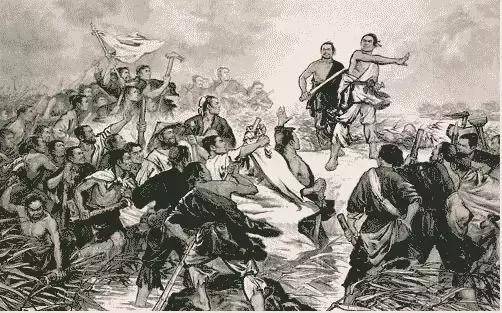
不教而诛，则刑繁而邪不胜教而不诛，则奸民不惩。